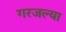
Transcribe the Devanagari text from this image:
गरजल्या